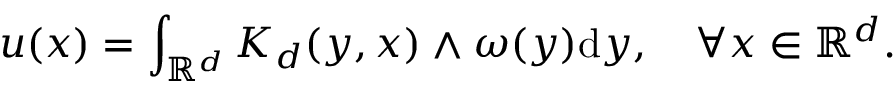
u ( x ) = \int _ { \mathbb { R } ^ { d } } K _ { d } ( y , x ) \wedge \omega ( y ) \mathrm { d } y , \quad \forall x \in \mathbb { R } ^ { d } .